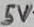
Text: 5V